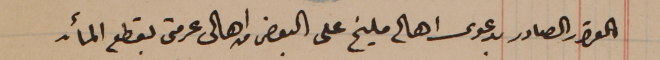
القرار الصادر بدعوى اهالى مليخ على البعض من اهالى عرمتى بقطع المأ.